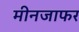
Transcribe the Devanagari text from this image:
मीनजाफर